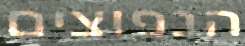
הנפוצים